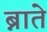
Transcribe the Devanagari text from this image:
ब्नाते